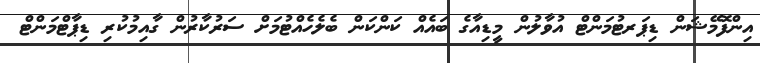
އިންފޮމޭޝަން ޑިޕަރޓުމަންޓް އުވާލުން މީޑިއާގެ ބައެއް ކަންކަން ބެލެހެއްޓުމަށް ސަރުކާރުން ގާއިމުކުރި ޑިޕާޓްމަންޓް